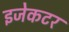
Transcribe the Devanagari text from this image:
इजेकटर